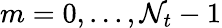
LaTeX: m=0,...,\mathcal{N}_{t}-1